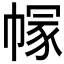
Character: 𢄐